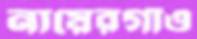
নায়েরগাঁও